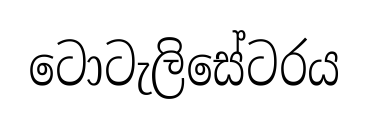
ටොටැලිසේටරය